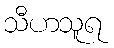
သီဟသူရ